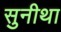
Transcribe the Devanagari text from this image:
सुनीथा